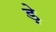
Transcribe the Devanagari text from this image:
ड़े